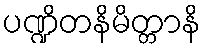
ပဏ္ဍိတနိမိတ္တာနိ